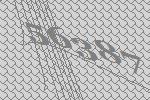
56387